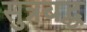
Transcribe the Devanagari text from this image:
सुत्रबद्ध